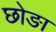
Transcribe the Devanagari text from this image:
छोङा